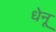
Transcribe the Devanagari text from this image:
धेनू